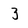
Character: 3